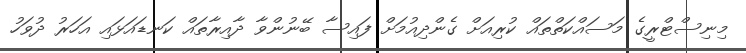
މިނިސްޓްރީގެ މަސައްކަތްތައް ކުރިއަށް ގެންދިއުމަށް ފައިސާ ބޭނުންވާ ދާއިރާތައް ކަނޑައަޅައި އަހަރު ދުވަހު